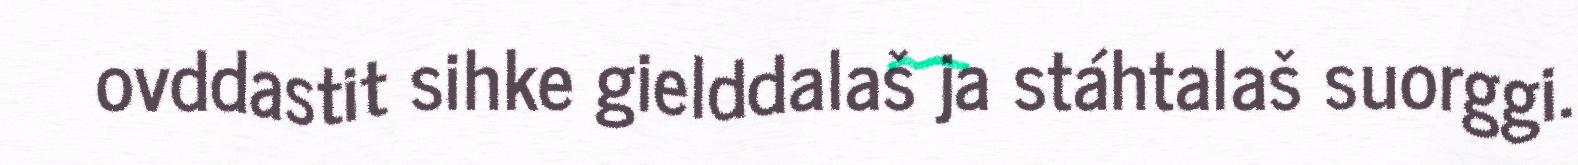
ovddastit sihke gielddalaš ja stáhtalaš suorggi.